Report on sanitation, dispensaries, and jails in Rajputana for 1916, and on vaccination for the year 1916-1917 - 1916-1917
Year: 1916
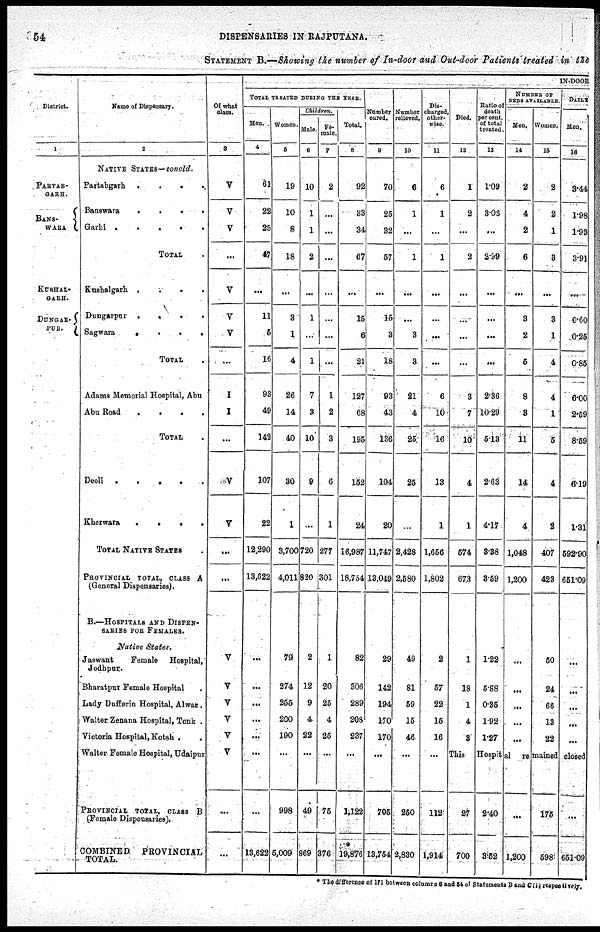
54
DISPESNSARIES
IN RAJPUTANA.
STATEMENT B.—Showing the number of In-door and Out-door Patients treated in the
District.
1
PARTAB¬
GARH.
BANS¬
WARA
KUSHAL¬
GARH.
DUNGAR¬
PUR.
Name of Dispensary.
2
NATIVE STATES-concld.
Partabgarh
.
.
.
.
Banswara
.
.
.
.
Garhi
.
.
. . .
TOTAL .
Kushalgarh .
.
.
.
Dungarpur
.
. . .
Sagwara
.
.
.
.
TOTAL .
Adams Memorial Hospital, Abu
Abu Road
.
.
.
.
TOTAL .
Deoli
.
.
.
.
.
Kherwara
.
.
.
.
TOTAL NATIVE STATES .
PROVINCIAL TOTAL, CLASS A
(General Dispensaries).
B.—HOSPITALS AND DISPEN-
SARIES FOR FEMALES.
Native States.
Jaswant
Female
Hospital,
Jodhpur.
Bharatpur Female Hospital .
Lady Dufferin Hospital, Alwar .
Walter Zenana Hospital, Tonk .
Victoria Hospital, Kotah . .
Walter Female Hospital, Udaipur
PROVINCIAL TOTAL, CLASS B
(Female Dispensaries).
COMBINED
PROVINCIAL
TOTAL.
Of what
class.
3
V
V
V
...
V
V
V
...
I
I
...
V
V
...
...
V
V
V
V
V
V
...
...
IN-DOOR
TOTAL TREATED DURING THE YEAR.
Men.
4
61
22
25
47
...
11
5
16
93
49
142
107
22
12,290
13,622
...
...
...
...
...
...
...
13,622
Women.
5
19
10
8
18
...
3
1
4
26
14
40
30
1
3,700
4,011
79
274
255
200
190
...
998
5,009
Children.
Male.
6
10
1
1
2
...
1
...
1
7
3
10
9
...
720
820
2
12
9
4
22
...
49
869
Fe-
male.
7
2
...
...
...
...
...
...
...
1
2
3
6
1
277
301
1
20
25
4
25
...
75
376
Total.
8
92
33
34
67
...
15
6
21
127
68
195
152
24
16,987
18,754
82
306
289
208
237
...
1,123
19,876
Number
cured.
9
70
25
32
57
...
15
3
18
93
43
136
104
20
11,747
13,049
29
142
194
170
170
...
705
13,754
Number
relieved.
10
6
1
...
1
...
...
3
3
21
4
25
25
...
2,428
2,580
49
81
59
15
46
...
250
2,880
Dis¬
charged
other¬
wise.
11
6
1
...
1
...
...
...
...
6
10
16
13
1
1,656
1,802
2
57
22
15
16
...
112
1,914
Died.
12
1
2
...
2
...
...
...
...
3
7
10
4
1
574
673
1
18
1
4
3
Ratio of
death
per cent.
of total
treated.
13
1.09
3.03
...
2.99
...
...
...
...
2.36
10.29
5.13
2.63
4.17
3.38
3.59
1.22
5.88
0.35
1.92
1.27
NUMBER OF
BEDS AVAILABLE
Men.
14
2
4
2
6
...
3
2
5
8
2
11
14
4
1,048
1,200
...
...
...
...
...
Women.
15
2
2
1
3
...
3
1
4
4
1
5
4
2
407
423
50
24
66
13
22
DAILY
Men.
16
3.44
1.98
1.93
3.91
...
0.60
0.25
0.85
6.00
2.59
8.59
6.19
1.31
592.90
651.09
...
...
...
...
...
This
Hospital
remained closed
27
700
2.40
3.52
...
1,200
175
598
...
651.09
*The difference of 171 between columnes and 84 of Statements B and C(i) respectively.